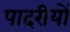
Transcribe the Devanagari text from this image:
पादरीयों